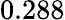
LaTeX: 0.288